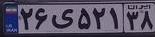
۲۶ی۵۲۱۳۸